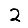
Digit: 2